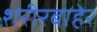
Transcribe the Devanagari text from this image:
शरीरबाहेर